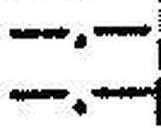
—.—